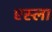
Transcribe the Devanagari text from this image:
एस्ला